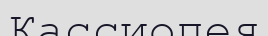
Кассиопея